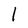
Character: l